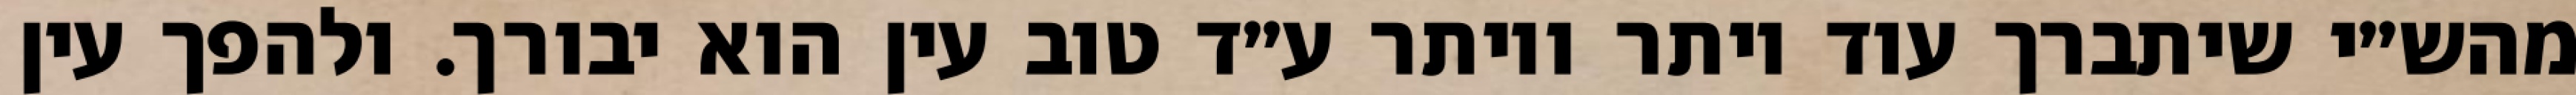
מהש״י שיתברך עוד יותר ויותר ע״ד טוב עין הוא יבורך. ולהפך עין